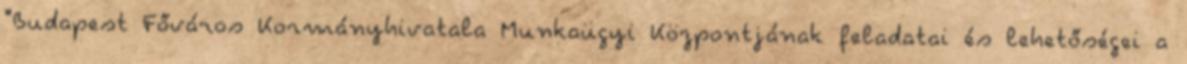
"Budapest Főváros Kormányhivatala Munkaügyi Központjának feladatai és lehetőségei a